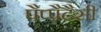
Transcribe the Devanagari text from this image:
पैप्पैटैसी